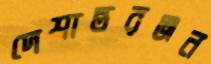
দেশান্তরঞ্জন